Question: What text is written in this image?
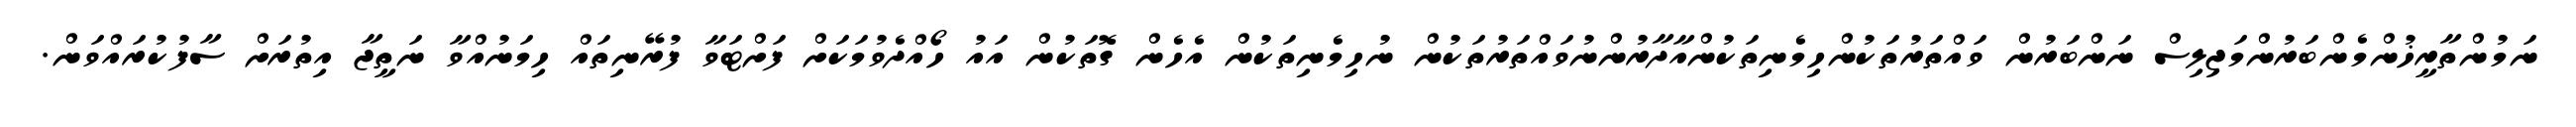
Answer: ނަމުންތާރީޚުންމެންބަރުންމަޖިލިސް ނަންބަރުން ވައްތަރުތަކުންހިމެނިތަކުންއާދާރުންނުވައްތަރުތަކުން ނުހިމެނިތަކުން އެހެން ގޮތަކުން އައު ހޯއްދެވުމަކަށް ފަށްޓަވާ ފުރޭނިތައް ހިމަނުއްވާ ނަތީޖާ އިތުރަށް ސާފުކުރައްވަން.